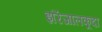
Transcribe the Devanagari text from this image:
इरिंजालकूदा